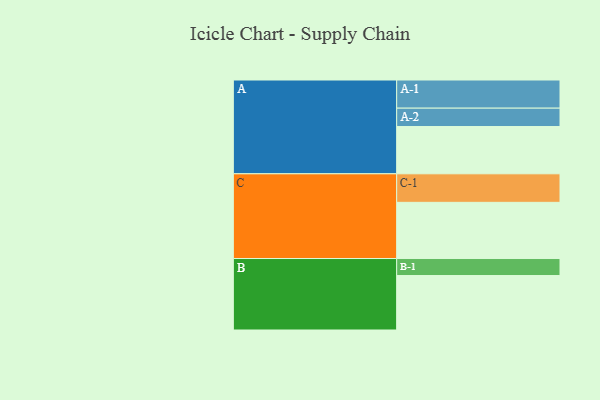
{"axis": {"x": "Segment", "y": "Value"}, "legend": ["", "A", "B", "C"], "data": [{"x": "A", "y": 489, "type": ""}, {"x": "B", "y": 563, "type": ""}, {"x": "C", "y": 581, "type": ""}, {"x": "A-1", "y": 291, "type": "A"}, {"x": "A-2", "y": 190, "type": "A"}, {"x": "B-1", "y": 176, "type": "B"}, {"x": "C-1", "y": 295, "type": "C"}]}